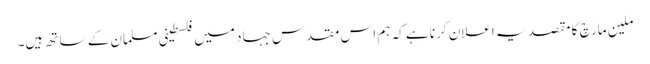
ملین مارچ کا مقصد یہ اعلان کرنا ہے کہ ہم اس مقدس جہاد میں فلسطینی مسلمان کے ساتھ ہیں۔